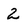
Character: 2